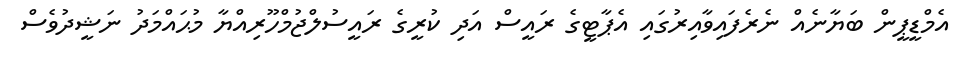
އެމްޑީޕީން ބަޔާނެއް ނެރެފައިވާއިރުގައި އެޕާޓީގެ ރައީސް އަދި ކުރީގެ ރައީސުލްޖުމްހޫރިއްޔާ މުޙައްމަދު ނަޝީދުވެސް